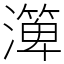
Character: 㵺